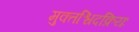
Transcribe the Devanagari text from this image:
मुक्तश्चिदक्रियः